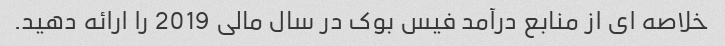
خلاصه ای از منابع درآمد فیس بوک در سال مالی 2019 را ارائه دهید.